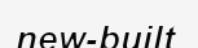
new-built